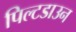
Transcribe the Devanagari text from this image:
पिल्टडाउन